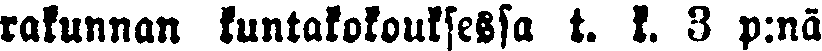
rakunnan kuntakokouksessa t. k. 3 p:nä